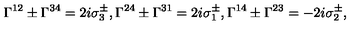
\Gamma ^ { 1 2 } \pm \Gamma ^ { 3 4 } = 2 i \sigma _ { 3 } ^ { \pm } , \Gamma ^ { 2 4 } \pm \Gamma ^ { 3 1 } = 2 i \sigma _ { 1 } ^ { \pm } , \Gamma ^ { 1 4 } \pm \Gamma ^ { 2 3 } = - 2 i \sigma _ { 2 } ^ { \pm } ,